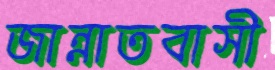
জান্নাতবাসী